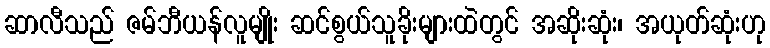
ဆာလီသည် ဇမ်ဘီယန်လူမျိုး ဆင်စွယ်သူခိုးများထဲတွင် အဆိုးဆုံး၊ အယုတ်ဆုံးဟု